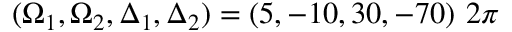
( \Omega _ { 1 } , \Omega _ { 2 } , \Delta _ { 1 } , \Delta _ { 2 } ) = ( 5 , - 1 0 , 3 0 , - 7 0 ) ~ 2 \pi